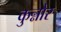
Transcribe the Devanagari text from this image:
कुन्नोर